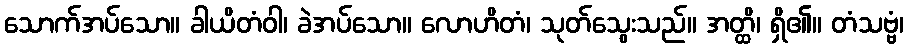
သောက်အပ်သော။ ခါယိတံဝါ၊ ခဲအပ်သော။ လောဟိတံ၊ သုတ်သွေးသည်။ အတ္ထိ၊ ရှိ၏။ တံသဗ္ဗံ၊